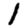
Digit: 1